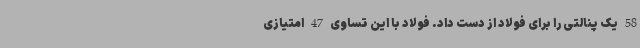
58 یک پنالتی را برای فولاد از دست داد. فولاد با این تساوی 47 امتیازی